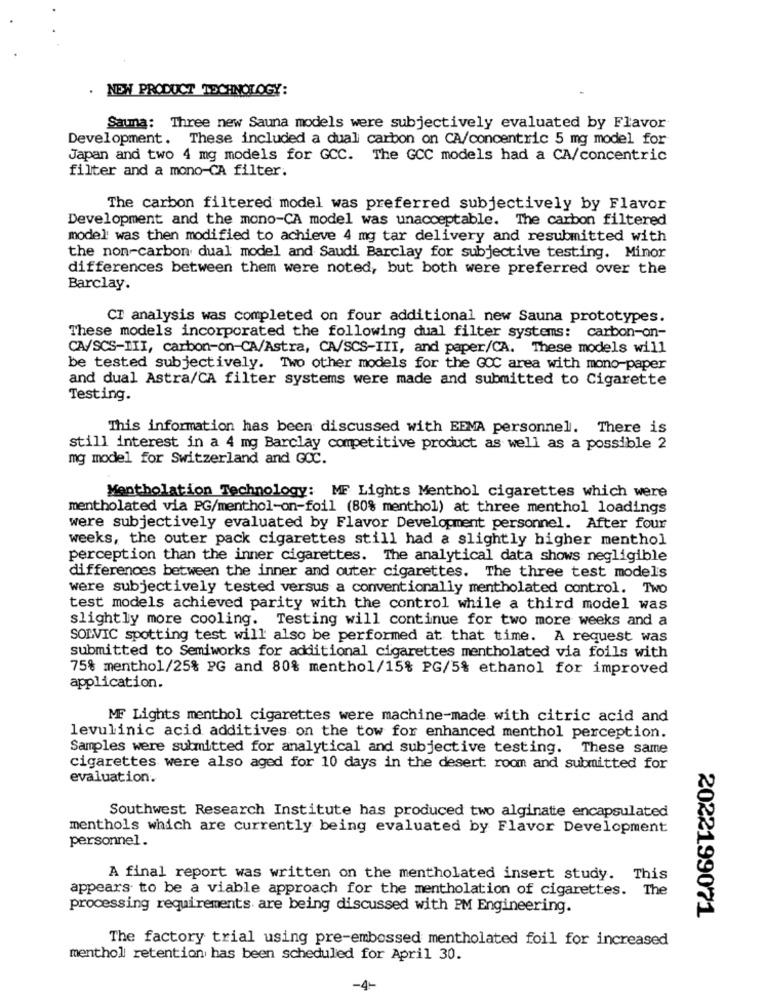
. NEW PRODUCT TECHNOLOGY:
Sauna: Three new Sauna models were subjectively evaluated by Flavor
Development. These included a dual carbon on CA/concentric 5 mg model for
Japan and two 4 mg models for GCC. The GCC models had a CA/concentric
filter and a mono-CA filter.
The carbon filtered model was preferred subjectively by Flavor
Development and the mono-CA model was unacceptable. The carbon filtered
model was then modified to achieve 4 mg tar delivery and resubmitted with
the non-carbon dual model and Saudi Barclay for subjective testing. Minor
differences between them were noted, but both were preferred over the
Barclay.
CT analysis was completed on four additional new Sauna prototypes.
These models incorporated the following dual filter systems: carbon-on-
CA/SCS-III, carbon-on-CA/Astra, CA/SCS-III, and paper/CA. These models will
be tested subjectively. Two other models for the GOC area with mono-paper
and dual Astra/CA filter systems were made and submitted to Cigarette
Testing.
This information has been discussed with EEMA personnel. There is
still interest in a 4 mg Barclay competitive product as well as a possible 2
mg model for Switzerland and GOC.
Mentholation Technology: MF Lights Menthol cigarettes which were
mentholated via PG/menthol-on-foil (80% menthol) at three menthol loadings
were subjectively evaluated by Flavor Development personnel. After four
weeks, the outer pack cigarettes still had a slightly higher menthol
perception than the inner cigarettes. The analytical data shows negligible
differences between the inner and outer cigarettes. The three test model's
were subjectively tested versus a conventionally mentholated control. Two
test models achieved parity with the control while a third model was
slightly more cooling. Testing will continue for two more weeks and a
SOLVIC spotting test will also be performed at that time. A request was
submitted to Semiworks for additional cigarettes mentholated via foils with
75% menthol/25% PG and 80% menthol/15% PG/5% ethanol for improved
application.
MF Lights menthol cigarettes were machine-made with citric acid and
levulinic acid additives on the tow for enhanced menthol perception.
Samples were submitted for analytical and subjective testing. These same
cigarettes were also aged for 10 days in the desert room and submitted for
evaluation.
Southwest Research Institute has produced two alginatte encapsulated
menthols which are currently being evaluated by Flavor Development
personnel.
A final report was written on the mentholated insert study. This
appears to be a viable approach for the mentholation of cigarettes. The
processing requirements are being discussed with PM Engineering.
2022199071
The factory trial using pre-embossed mentholated foil for increased
menthol retention has been scheduled for April 30.
-4-